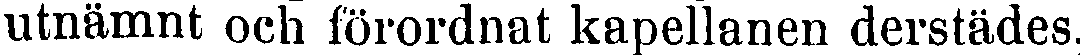
utnämnt och förordnat kapellanen derstädes,